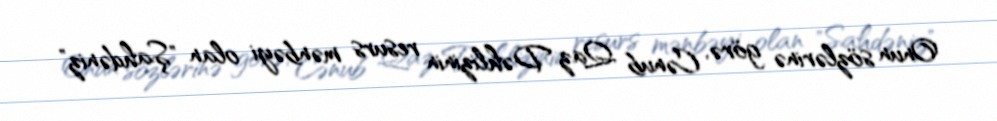
Onun sözlərinə görə, Cənub Qaz Dəhlizinin resurs mənbəyi olan "Şahdəniz"